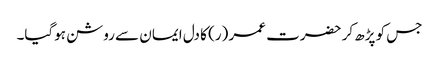
جس کو پڑھ کر حضرت عمر (ر) کا دل ایمان سے روشن ہوگیا۔